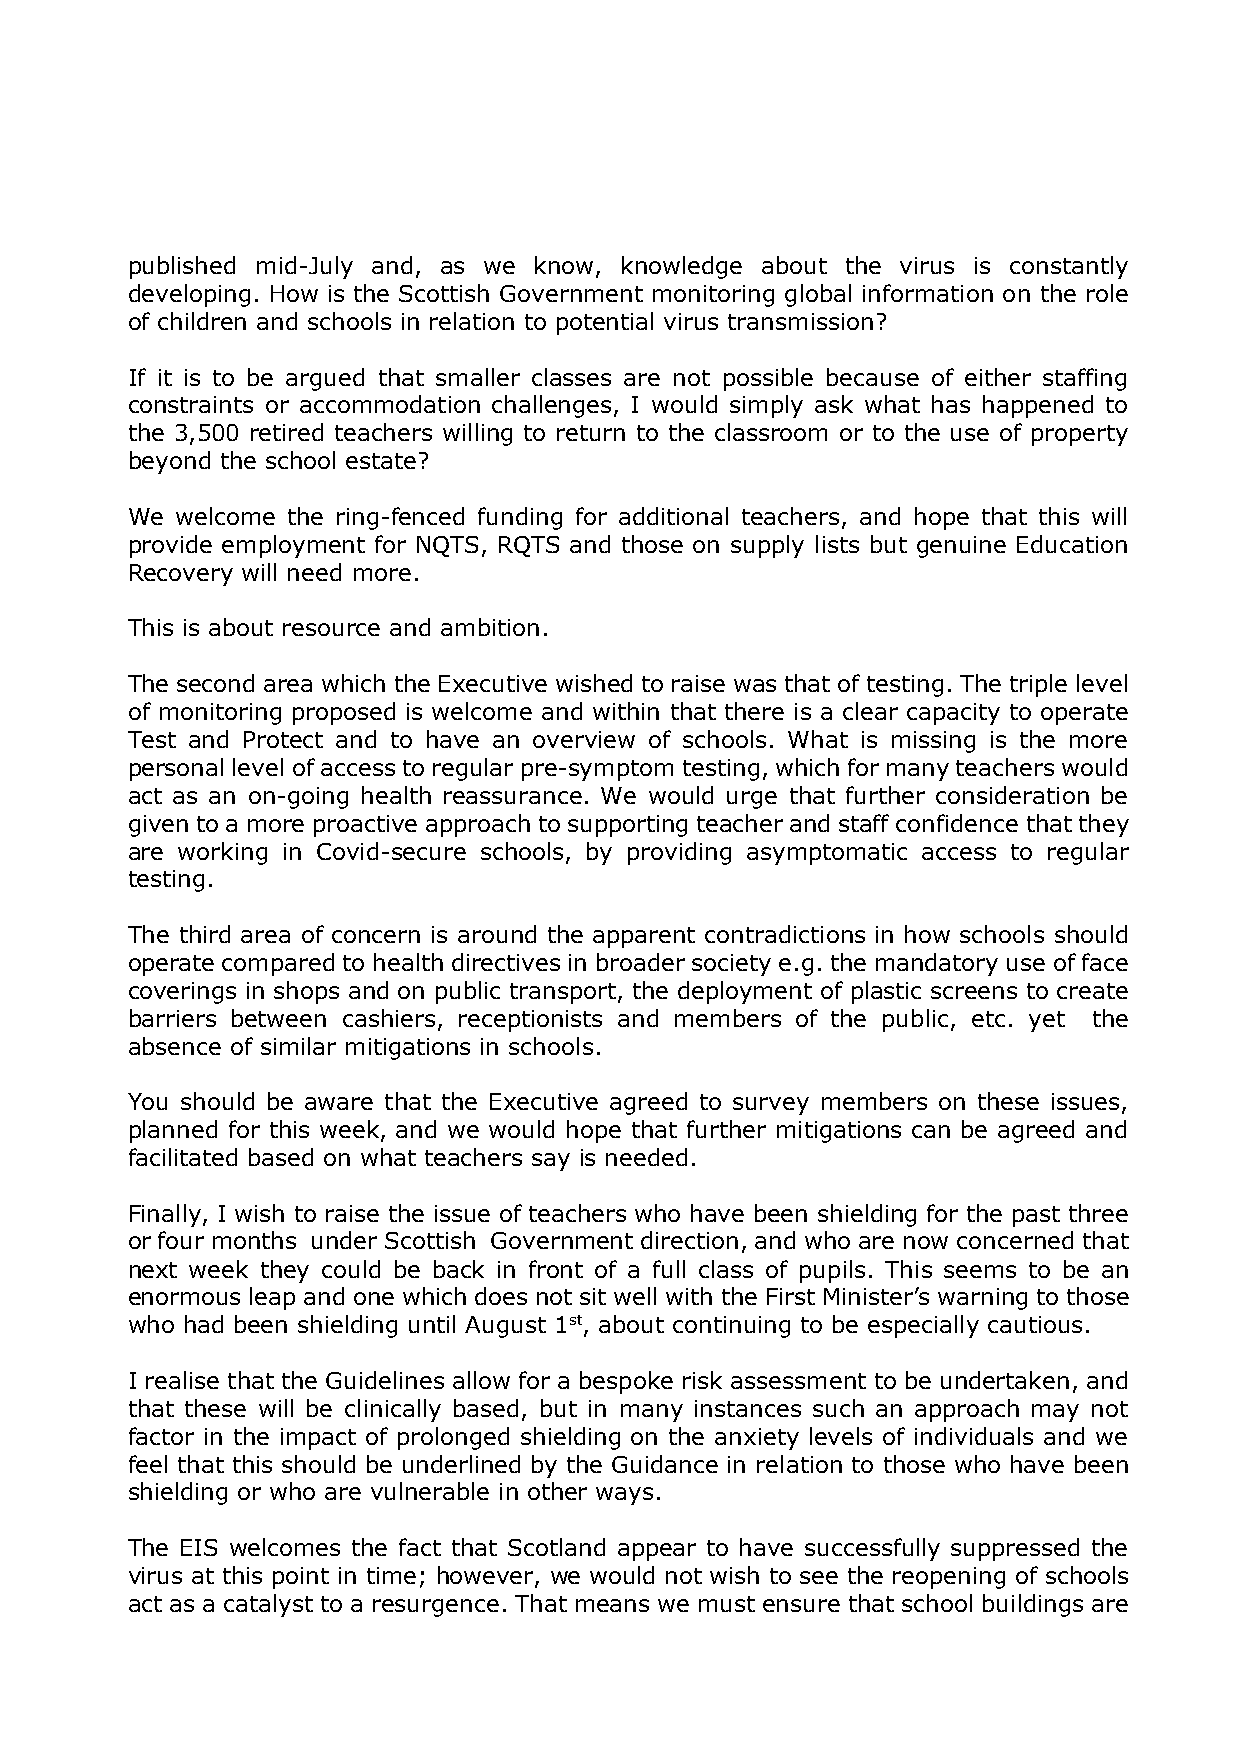
published mid-July and, as we know, knowledge about the virus is constantly
 developing. How is the Scottish Government monitoring global information on the role
 of children and schools in relation to potential virus transmission?
 If it is to be argued that smaller classes are not possible because of either staffing
 constraints or accommodation challenges, I would simply ask what has happened to
 the 3,500 retired teachers willing to return to the classroom or to the use of property
 beyond the school estate?
 We  welcome the ring-fenced funding for additional teachers, and hope that this will
 provide employment for NQTS, RQTS and those on supply lists but genuine Education
 Recovery will need more.
 This is about resource and ambition.
 The second area which the Executive wished to raise was that of testing. The triple level
 of monitoring proposed is welcome and within that there is a clear capacity to operate
 Test and Protect and to have an overview of schools. What is missing is the more
 personal level of access to regular pre-symptom testing, which for many teachers would
 act as an on-going health reassurance. We would urge that further consideration be
 given to a more proactive approach to supporting teacher and staff confidence that they
 are working in Covid-secure schools, by providing asymptomatic access to regular
 testing.
 The third area of concern is around the apparent contradictions in how schools should
 operate compared to health directives in broader society e.g. the mandatory use of face
 coverings in shops and on public transport, the deployment of plastic screens to create
 barriers between cashiers, receptionists and members of the public, etc. yet the
 absence of similar mitigations in schools.
 You should be aware that the Executive agreed to survey members on these issues,
 planned for this week, and we would hope that further mitigations can be agreed and
 facilitated based on what teachers say is needed.
 Finally, I wish to raise the issue of teachers who have been shielding for the past three
 or four months under Scottish Government direction, and who are now concerned that
 next week they could be back in front of a full class of pupils. This seems to be an
 enormous leap and one which does not sit well with the First Minister’s warning to those
 who had been shielding until August 1st, about continuing to be especially cautious.
 I realise that the Guidelines allow for a bespoke risk assessment to be undertaken, and
 that these will be clinically based, but in many instances such an approach may not
 factor in the impact of prolonged shielding on the anxiety levels of individuals and we
 feel that this should be underlined by the Guidance in relation to those who have been
 shielding or who are vulnerable in other ways.
 The EIS welcomes the fact that Scotland appear to have successfully suppressed the
 virus at this point in time; however, we would not wish to see the reopening of schools
 act as a catalyst to a resurgence. That means we must ensure that school buildings are